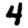
Digit: 4